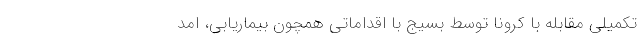
تکمیلی مقابله با کرونا توسط بسیج با اقداماتی همچون بیماریابی، امد